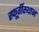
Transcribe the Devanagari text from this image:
स्फूर्तीस्थान